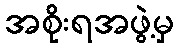
အစိုးရအဖွဲ့မှ